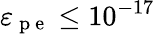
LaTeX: \varepsilon_{\mathrm{~p~e~}}\leq 10^{-17}